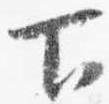
下